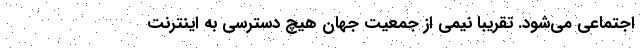
اجتماعی می‌شود. تقریباً نیمی از جمعیت جهان هیچ دسترسی به اینترنت